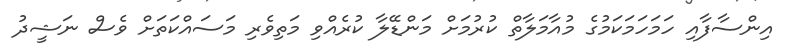
އިންސާފާއި ހަމަހަމަކަމުގެ މުއާމަލާތް ކުރުމަށް މަންޑޭލާ ކުރެއްވި މަތިވެރި މަސައްކަތަށް ވެސް ނަޝީދު